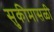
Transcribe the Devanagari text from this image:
सुकीमासळी